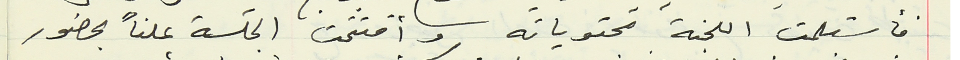
فاستلمت اللجنة محتوياته وأفتتحت الجلسة علناً بحضور